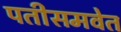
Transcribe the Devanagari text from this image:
पतीसमवेत